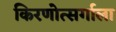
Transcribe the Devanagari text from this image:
किरणोत्सर्गाला